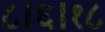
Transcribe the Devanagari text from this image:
८।६।१८